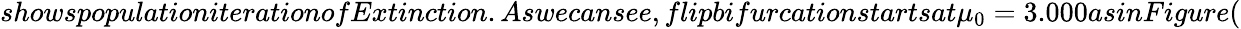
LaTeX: showspopulationiterationofExtinction.Aswecansee,flipbifurcationstartsat\mu_{0}=3.000asinFigure(